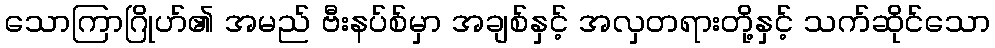
သောကြာဂြိုဟ်၏ အမည် ဗီးနပ်စ်မှာ အချစ်နှင့် အလှတရားတို့နှင့် သက်ဆိုင်သော